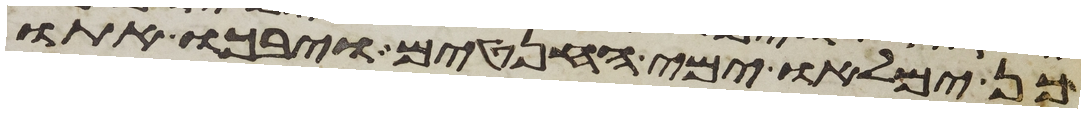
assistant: כן ימלאו ימי החנטים ויבכו אתו